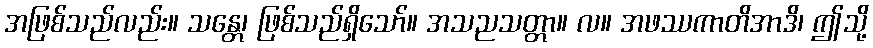
အဖြစ်သည်လည်း။ သန္တေ၊ ဖြစ်သည်ရှိသော်။ အသညသတ္တာ။ လ။ အဖဿကာတိအာဒိ၊ ဤသို့